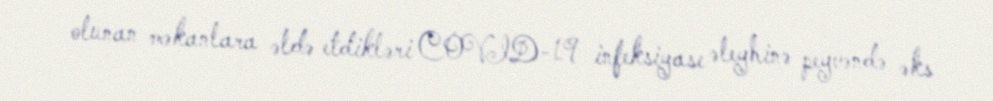
olunan məkanlara əldə etdikləri COVID-19 infeksiyası əleyhinə peyvəndə əks